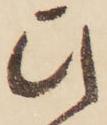
ひ